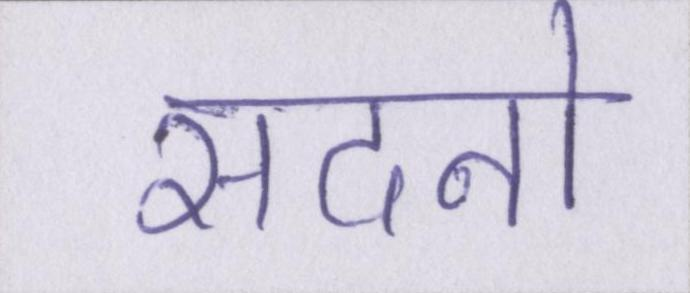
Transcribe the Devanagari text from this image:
सदनो